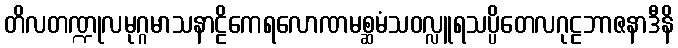
တိလတဏ္ဍုလမုဂ္ဂမာသနာဠိကေရလောဏမစ္ဆမံသဝလ္လူရသပ္ပိတေလဂုဠဘာဇနာဒီနိ